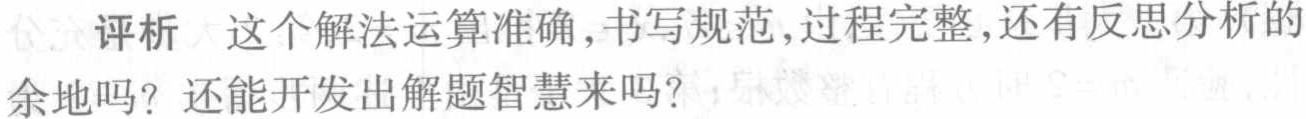
评析 这个解法运算准确,书写规范,过程完整,还有反思分析的余地吗？还能开发出解题智慧来吗？